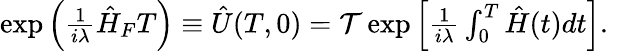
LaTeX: \begin{array}{r}{\exp\Big(\frac{1}{i\lambda}\hat{H}_{F}T\Big)\equiv\hat{U}(T,0)=\mathcal{T}\exp\left[\frac{1}{i\lambda}\int_{0}^{T}\hat{H}(t)dt\right].\ \ }\end{array}